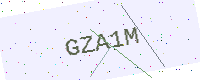
Text: GZA1M